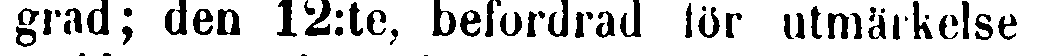
grad; den 12:te, befordrad för utmärkelse